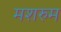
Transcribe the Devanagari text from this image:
मशरुम